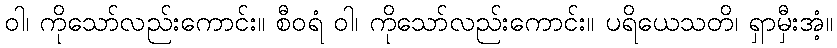
ဝါ၊ ကိုသော်လည်းကောင်း။ စီဝရံ ဝါ၊ ကိုသော်လည်းကောင်း။ ပရိယေသတိ၊ ရှာမှီးအံ့။